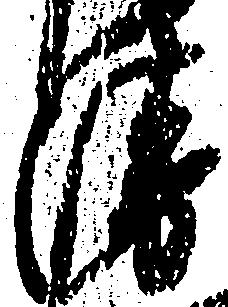
衛